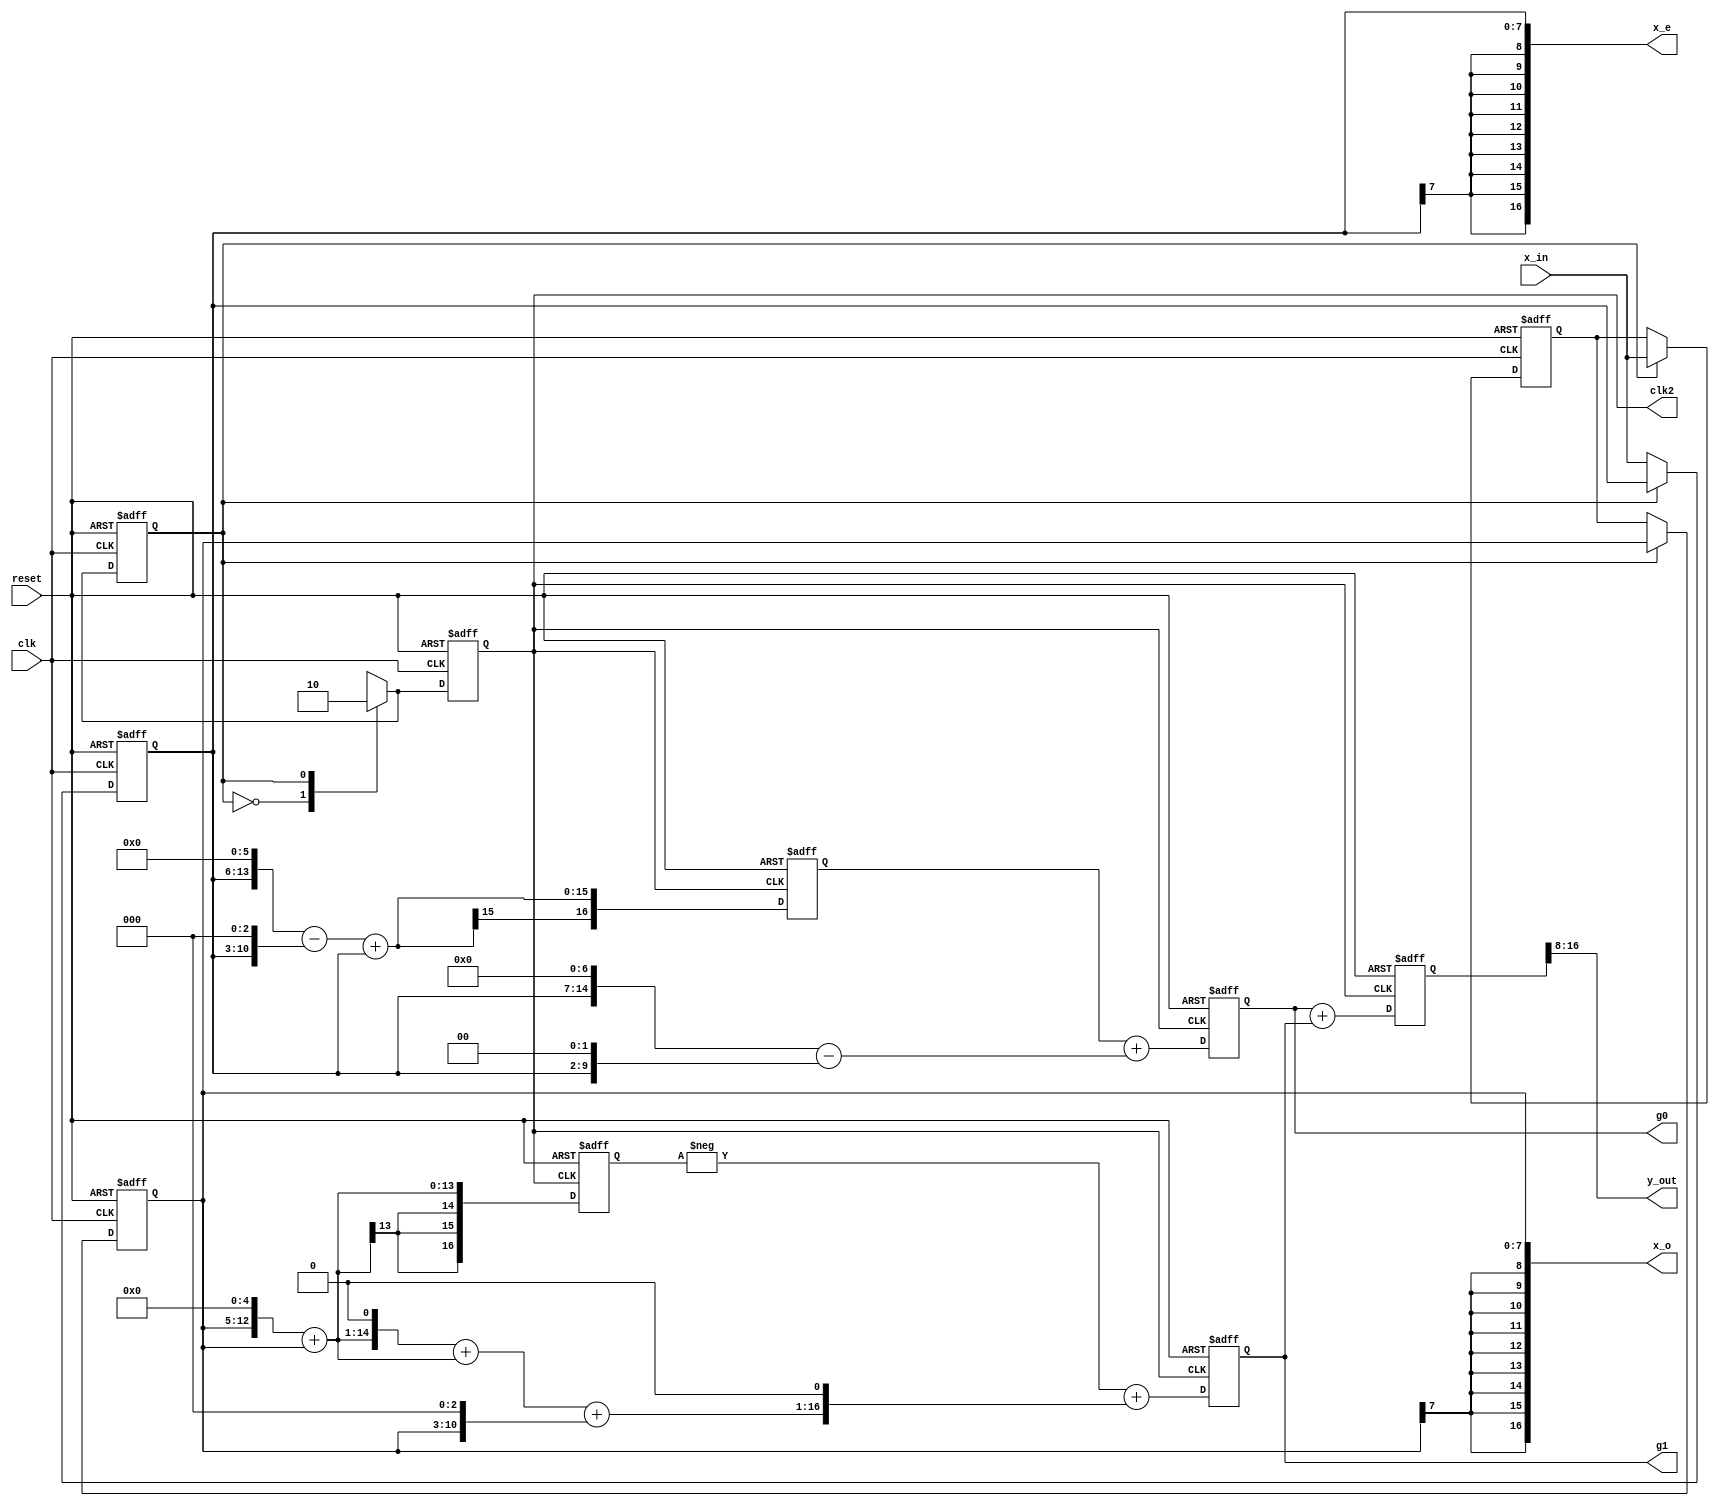
//*********************************************************
// IEEE STD 1364-2001 Verilog file: db4poly.v
// Author-EMAIL: Uwe.Meyer-Baese@ieee.org
//*********************************************************

module db4poly  //----> Interface
( input clk,  // System clock
  input reset,  // Asynchron reset
  input signed [7:0] x_in,  // System input
  output clk2,  // Clock divided by 2
  output signed [16:0] x_e, x_o,// Even/odd x_in
  output signed [16:0] g0, g1, // Poly filter 0/1
  output signed [8:0] y_out);  // System output

// --------------------------------------------------------
reg signed [7:0] x_odd, x_even, x_wait;
reg clk_div2;
// Register for multiplier, coefficients, and taps
reg signed [16:0] m0, m1, m2, m3, r0, r1, r2, r3;
reg signed [16:0] x33, x99, x107;
reg signed [16:0] y;

always @(posedge clk or posedge reset) // Split into even
begin : Multiplex  // and odd samples at clk rate
    parameter even=0, odd=1;
    reg [0:0] state;
    if (reset) begin  // Asynchronous reset
        state <= even;
        clk_div2 = 0; 
        x_even <= 0; 
        x_odd <= 0; 
        x_wait <= 0;
    end else case (state)
        even : begin
            x_even <= x_in;
            x_odd <= x_wait;
            clk_div2 = 1;
            state <= odd;
        end
        odd : begin
            x_wait <= x_in;
            clk_div2 = 0;
            state <= even;
        end
    endcase
end

always @(x_odd, x_even) begin : RAG
    // Compute auxiliary multiplications of the filter
    x33 = (x_odd <<< 5) + x_odd;
    x99 = (x33 <<< 1) + x33;
    x107 = x99 + (x_odd << 3);
    // Compute all coefficients for the transposed filter
    m0 = (x_even <<< 7) - (x_even <<< 2); // m0 = 124
    m1 = x107 <<< 1;  // m1 = 214
    m2 = (x_even <<< 6) - (x_even <<< 3) + x_even; // m2 = 57
    m3 = x33;  // m3 = -33
end

always @(posedge reset or negedge clk_div2) begin : AddPolyphase  // use non-blocking assignments
    if (reset) begin  // Asynchronous clear
        r0 <= 0; 
        r1 <= 0; 
        r2 <= 0; 
        r3 <= 0;
        y <= 0;
    end else begin
    //---------- Compute filter G0
        r0 <= r2 + m0;  // g0 = 128
        r2 <= m2;  // g2 = 57
    //---------- Compute filter G1
        r1 <= -r3 + m1;  // g1 = 214
        r3 <= m3;  // g3 = -33
    // Add the polyphase components
        y <= r0 + r1;
    end
end

// Provide some test signals as outputs
assign x_e = x_even;
assign x_o = x_odd;
assign clk2 = clk_div2;
assign g0 = r0;
assign g1 = r1;
assign y_out = y >>> 8; // Connect y / 256 to output

endmodule